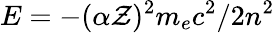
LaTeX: E=-(\alpha\mathcal{Z})^{2}m_{e}c^{2}/2n^{2}